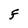
Character: F